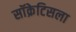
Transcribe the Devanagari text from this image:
सॉक्रेटिसला